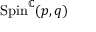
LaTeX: \mathrm { S p i n } ^ { \mathbb { C } } ( p , q )